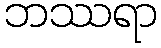
ဘဿရာ